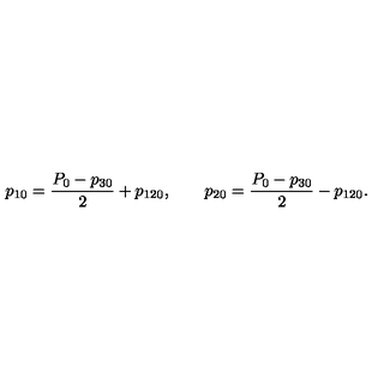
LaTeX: p _ { 1 0 } = { \frac { P _ { 0 } - p _ { 3 0 } } { 2 } } + p _ { 1 2 0 } , \qquad p _ { 2 0 } = { \frac { P _ { 0 } - p _ { 3 0 } } { 2 } } - p _ { 1 2 0 } .